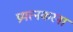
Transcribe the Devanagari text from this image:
प्रयत्नकरना